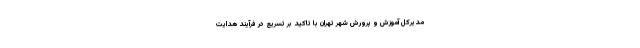
مدیرکل آموزش و پرورش شهر تهران با تاکید بر تسریع در فرآیند هدایت